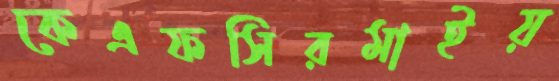
কেএফসিরমাইয়